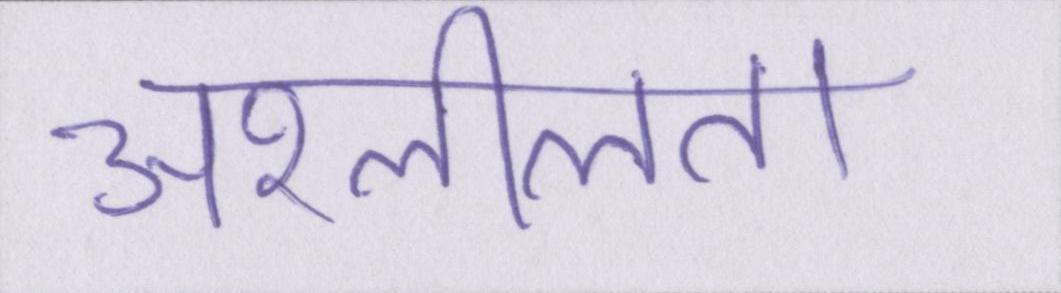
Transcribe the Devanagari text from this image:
अश्लीलता